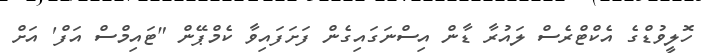
ހޮލީވުޑްގެ އެކްޓްރެސް ލައުރާ ޑާން އިސްނަގައިގެން ފަށަފައިވާ ކެމްޕޭން "ޓައިމްސް އަފް' އަށް